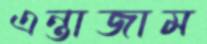
এন্তাজাম